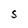
Character: S